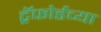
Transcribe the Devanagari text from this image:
ट्रॅफोर्डच्या